Problem: 12 × 4 = ?
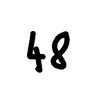
Handwritten answer: 48